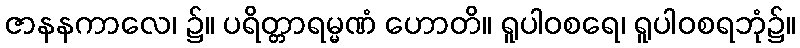
ဇာနနကာလေ၊ ၌။ ပရိတ္တာရမ္မဏံ ဟောတိ။ ရူပါဝစရေ၊ ရူပါဝစရဘုံ၌။